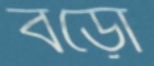
বড়ো